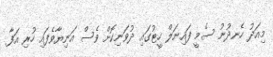
މިއަދު ހެނދުނު ސެމީ ފައިނަލް ހީޓުގައި ދުވަނިކޮށް ވެސް އަނިޔާވެފައި ހުރި އަފާ